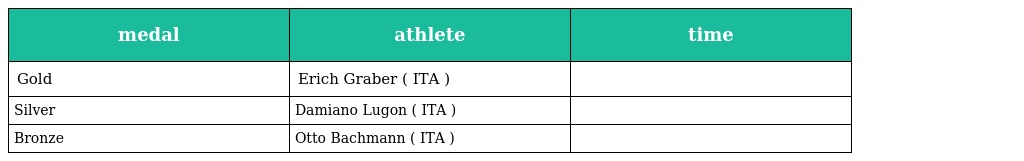
| medal | athlete | time |
 | --- | --- | --- |
 | Gold | Erich Graber ( ITA ) |  |
 | Silver | Damiano Lugon ( ITA ) |  |
 | Bronze | Otto Bachmann ( ITA ) |  |